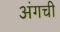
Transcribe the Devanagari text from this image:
अंगची